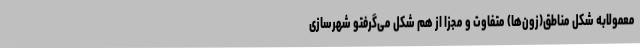
معمولابه شکل مناطق(زون‌ها) متفاوت و مجزا از هم شکل می‌گرفتو شهرسازی